Mental hospitals Bombay report 1929-33 - 1929-1933
Year: 1929
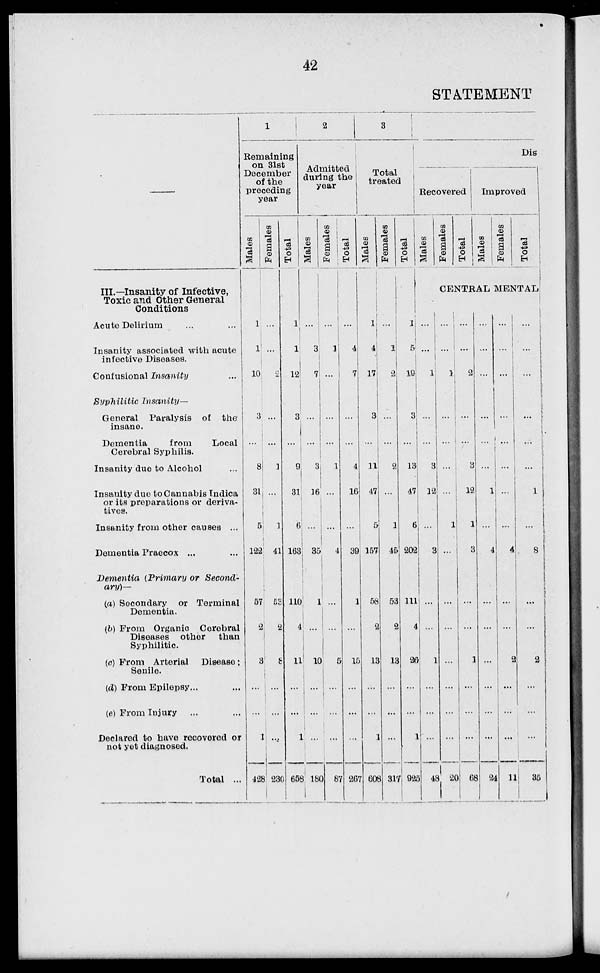
42
STATEMENT
—
III.—Insanity of Infective,
Toxic and Other General
Conditions
Acute Delirium
...
...
Insanity associated with acute
infective Diseases.
Confusional Insanity ...
Syphilitic Insanity—
General Paralysis of the
insane.
Dementia
from
Local
Cerebral Syphilis.
Insanity due to Alcohol ...
Insanity due to Cannabis Indica
or its preparations or deriva-
tives.
Insanity from other causes ...
Dementia Praecox ... ...
Dementia (Primary or Second-
ary)—
(a) Secondary or Terminal
Dementia.
(b) From Organic Cerebral
Diseases other
than
Syphilitic.
(c) From Arterial Disease;
Senile.
(d) From Epilepsy ... ...
(e) From Injury ... ...
Declared to have recovered or
not yet diagnosed.
Total ...
1
Remaining
on 31st
December
of the
preceding
year
Males
1
1
10
3
...
8
31
5
122
57
2
3
...
...
1
428
Females
...
...
2
...
...
1
...
1
41
53
2
8
...
...
...
230
Total
1
1
12
3
...
9
31
6
163
110
4
11
...
...
1
658
2
Admitted
during the
year
Males
...
3
7
...
...
3
16
...
35
1
...
10
...
...
...
180
Females
...
1
...
...
...
1
...
...
4
...
...
5
...
...
...
87
Total
...
4
7
...
...
4
16
...
39
1
...
15
...
...
...
267
3
Total
treated
Males
1
4
17
3
...
11
47
5
157
58
2
13
...
...
1
608
Females
...
1
2
...
...
2
...
1
45
53
2
13
...
...
...
317
Total
1
5
19
3
...
13
47
6
202
111
4
26
...
...
1
925
Dis
Recovered
Males
Females
Total
Improved
Males
Females
Total
CENTRAL MENTAL
...
...
1
...
...
3
12
...
3
...
...
1
...
...
...
48
...
...
1
...
...
...
...
1
...
...
...
...
...
...
...
20
...
...
2
...
...
3
12
1
3
...
...
1
...
...
...
68
...
...
...
...
...
...
1
...
4
...
...
...
...
...
...
24
...
...
...
...
...
...
...
...
4
...
...
2
...
...
...
11
...
...
...
...
...
...
1
...
8
...
...
2
...
...
...
35